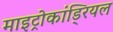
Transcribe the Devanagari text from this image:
माइट्रोकांड्रियल